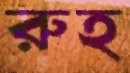
রুহ